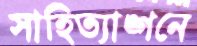
সাহিত্যাঙ্গনে